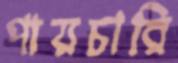
পায়চারি